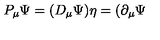
P _ { \mu } \Psi = ( D _ { \mu } \Psi ) \eta = ( \partial _ { \mu } \Psi